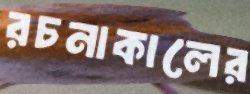
রচনাকালের